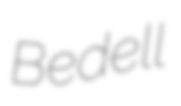
Bedell